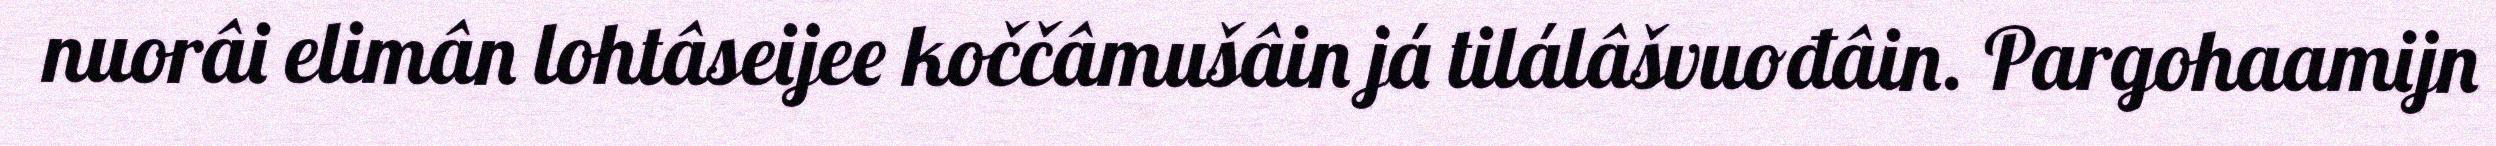
nuorâi elimân lohtâseijee koččâmušâin já tilálâšvuođâin. Pargohaamijn